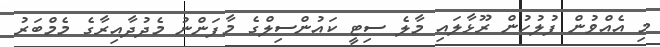
މި އެއްވުން ފުލުހުން ރޫޅާލައި މާލެ ސިޓީ ކައުންސިލްގެ މާފަންނު މެދުދާއިރާގެ މެމްބަރު